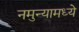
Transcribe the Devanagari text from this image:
नमुन्यामध्ये